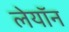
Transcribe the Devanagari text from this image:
लेयॉन